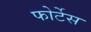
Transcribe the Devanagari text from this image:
फोर्टेस